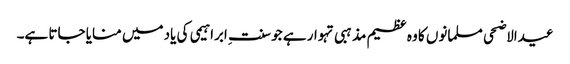
عیدالاضحی مسلمانوں کا وہ عظیم مذہبی تہوار ہے جو سنت ِ ابراہیمی کی یاد میں منایا جاتا ہے۔